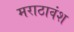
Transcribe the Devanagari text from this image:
मराठावंश